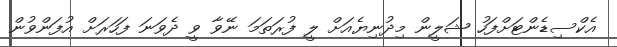
އެކްސިޑެންޓަށްފަހު ޝަލީން މިދުނިޔެއަށް ލީ ފުރަތަމަ ނޭވާ ވީ ދެވަނަ ފަހަރަށް އުފަންވުން